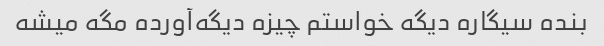
بنده سیگاره دیگه خواستم چیزه دیگه‌آورده مگه میشه